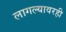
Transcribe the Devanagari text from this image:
लागल्यावरही